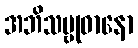
အဘိသမ္ဗုဓာနော